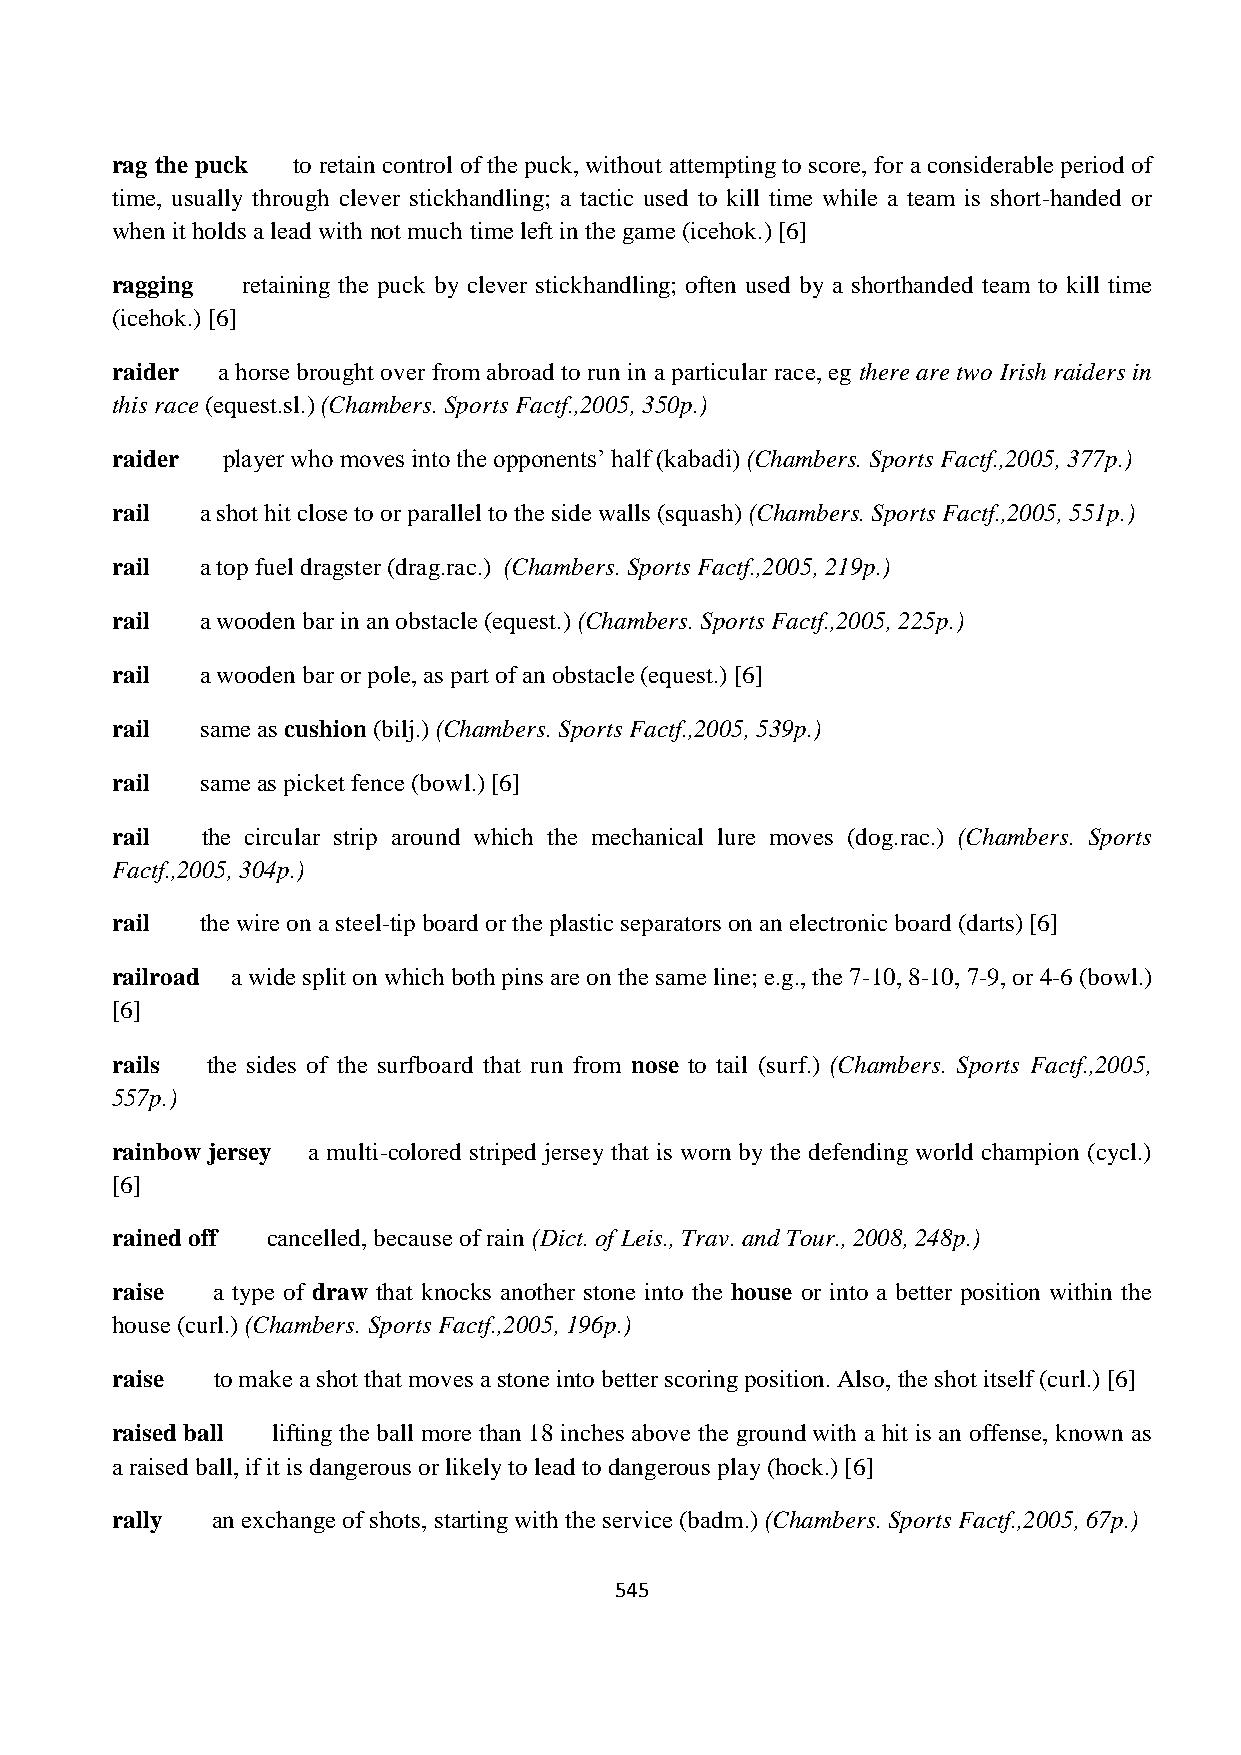
rag the puck to retain control of the puck, without attempting to score, for a considerable period of
 time, usually through clever stickhandling; a tactic used to kill time while a team is short-handed or
 when it holds a lead with not much time left in the game (icehok.) [6]
 ragging  retaining the puck by clever stickhandling; often used by a shorthanded team to kill time
 (icehok.) [6]
 raider a horse brought over from abroad to run in a particular race, eg there are two Irish raiders in
 this race (equest.sl.) (Chambers. Sports Factf.,2005, 350p.)
 raider  player who moves into the opponents’ half (kabadi) (Chambers. Sports Factf.,2005, 377p.)
 rail  a shot hit close to or parallel to the side walls (squash) (Chambers. Sports Factf.,2005, 551p.)
 rail  a top fuel dragster (drag.rac.) (Chambers. Sports Factf.,2005, 219p.)
 rail  a wooden bar in an obstacle (equest.) (Chambers. Sports Factf.,2005, 225p.)
 rail  a wooden bar or pole, as part of an obstacle (equest.) [6]
 rail  same as cushion (bilj.) (Chambers. Sports Factf.,2005, 539p.)
 rail  same as picket fence (bowl.) [6]
 rail  the circular strip around which the mechanical lure moves (dog.rac.) (Chambers. Sports
 Factf.,2005, 304p.)
 rail  the wire on a steel-tip board or the plastic separators on an electronic board (darts) [6]
 railroad a wide split on which both pins are on the same line; e.g., the 7-10, 8-10, 7-9, or 4-6 (bowl.)
 [6]
 rails  the sides of the surfboard that run from nose to tail (surf.) (Chambers. Sports Factf.,2005,
 557p.)
 rainbow jersey a multi-colored striped jersey that is worn by the defending world champion (cycl.)
 [6]
 rained off cancelled, because of rain (Dict. of Leis., Trav. and Tour., 2008, 248p.)
 raise  a type of draw that knocks another stone into the house or into a better position within the
 house (curl.) (Chambers. Sports Factf.,2005, 196p.)
 raise  to make a shot that moves a stone into better scoring position. Also, the shot itself (curl.) [6]
 raised ball lifting the ball more than 18 inches above the ground with a hit is an offense, known as
 a raised ball, if it is dangerous or likely to lead to dangerous play (hock.) [6]
 rally  an exchange of shots, starting with the service (badm.) (Chambers. Sports Factf.,2005, 67p.)
 545